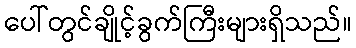
ပေါ်တွင်ချိုင့်ခွက်ကြီးများရှိသည်။